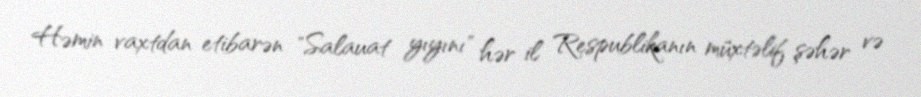
Həmin vaxtdan etibarən "Salauat yıyını" hər il Respublikanın müxtəlif şəhər və